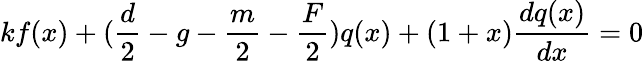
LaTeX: kf(x)+(\frac d2-g-\frac m2-\frac F2)q(x)+(1+x)\frac{dq(x)}{dx}=0